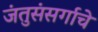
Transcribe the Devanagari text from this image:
जंतुसंसर्गाचे